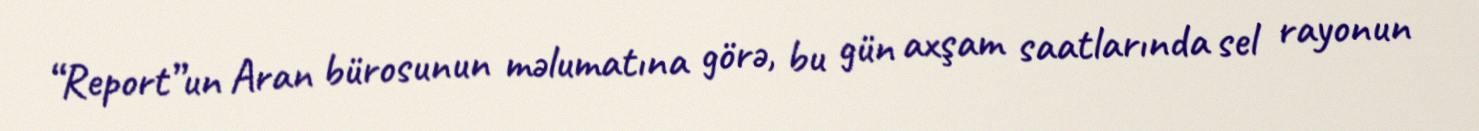
“Report”un Aran bürosunun məlumatına görə, bu gün axşam saatlarında sel rayonun